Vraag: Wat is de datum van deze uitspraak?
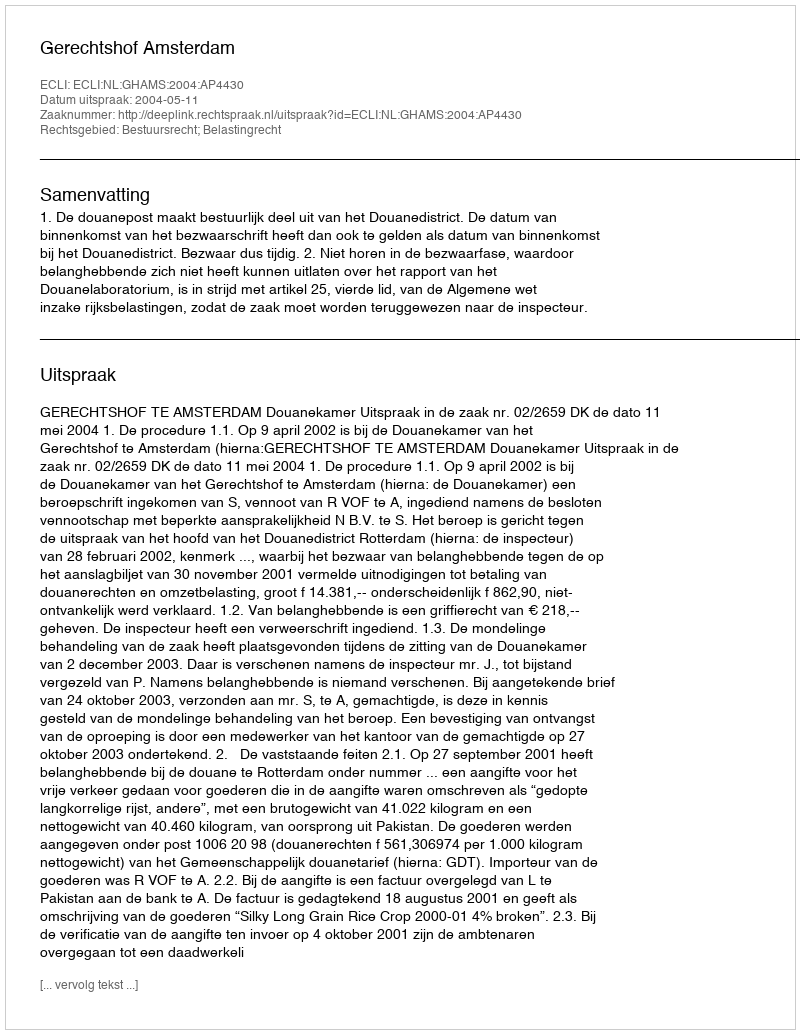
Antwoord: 2004-05-11